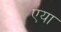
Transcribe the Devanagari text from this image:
एया